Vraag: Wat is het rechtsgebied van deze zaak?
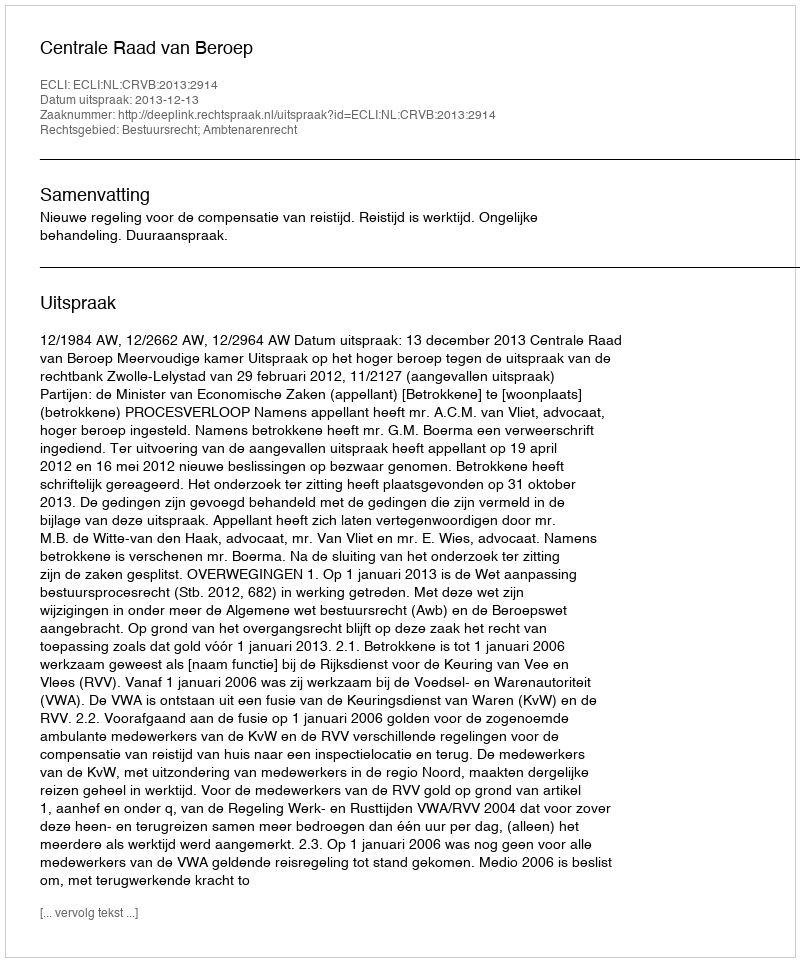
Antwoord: Bestuursrecht; Ambtenarenrecht